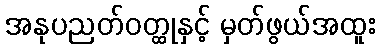
အနုပညတ်ဝတ္ထုနှင့် မှတ်ဖွယ်အထူး